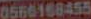
0566168455